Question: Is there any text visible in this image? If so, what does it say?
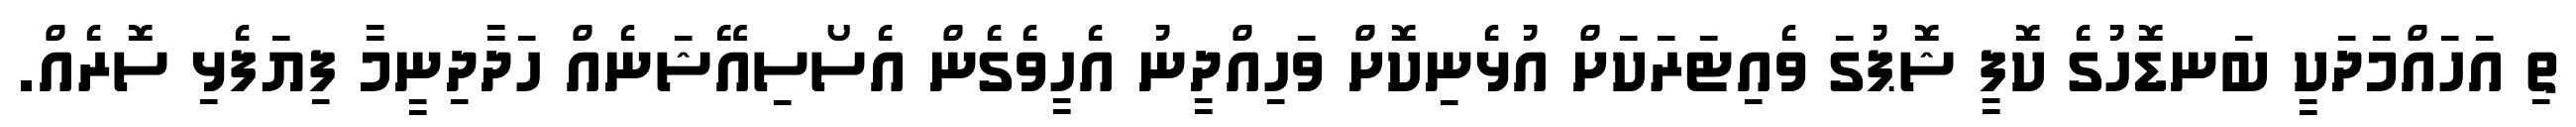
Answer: ތި އަހައްމަދަކީ ބަނޑޮހުގެ ކޮފީ ޝޮޕުގަ ވެއިޓަރަކަށް އުޅެނިކޮށް ވަހިއްދީނު އެހީވެގެން އެސޯސިއޭޝަނެއް ހަދާދިނީމާ ފިޔަފެޅި ސޮރެއް.